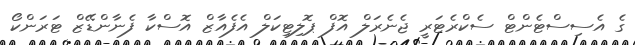
ގެ އެސިސްޓެންޓް ސެކްރެޓަރީ ޖެނެރަލް އޮފް ޕޮލިޓިކަލް އެފެއާޒް އޮސްކާ ފެނާންޑޭޒް ޓަރަންކޯ